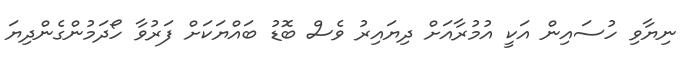
ނިޔާވި ހުސައިން އަކީ އުމުރާއަށް ދިޔައިރު ވެސް ބޮޑު ބައްޔަކަށް ފަރުވާ ހޯދަމުންގެންދިޔަ